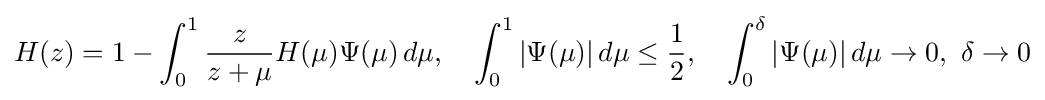
H(z)=1-\int _{0}^{1}{\frac {z}{z+\mu }}H(\mu )\Psi (\mu )\,d\mu ,\quad \int _{0}^{1}|\Psi (\mu )|\,d\mu \leq {\frac {1}{2}},\quad \int _{0}^{\delta }|\Psi (\mu )|\,d\mu \rightarrow 0,\ \delta \rightarrow 0